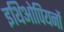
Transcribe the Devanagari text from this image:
इथिओपियनों